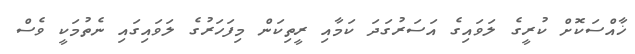
ޚާއްސަކޮށް ކުރީގެ ލަވައިގެ އަސަރުގަދަ ކަމާއި ރީތިކަން މިފަހަރުގެ ލަވައިގައި ނެތުމަކީ ވެސް